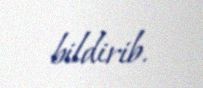
bildirib.